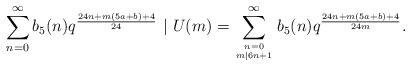
LaTeX: \begin{align*} \sum_{n=0}^\infty b_5(n)q^{\frac{24n+m(5a+b)+4}{24}}\ |\ U(m)=\sum_{\genfrac{}{}{0pt}{}{n=0}{m|6n+1}}^\infty b_5(n)q^{\frac{24n+m(5a+b)+4}{24m}}.\end{align*}